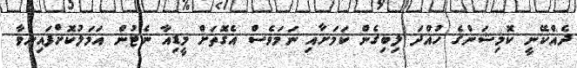
ދެއްކޭނީ ކޮމިޝަންގެ ހުއްދަ ލިބިގެން ކަމަށާއި ނަމަވެސް އެގޮތަށް މީޑިއާ ނެޓުން އަމަލުކޮށްފައިނުވާ